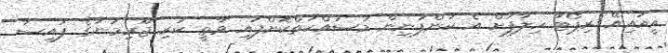
އީއައިއޭ ރިޕޯޓާ ހިލާފަށް އެ ކުންފުނިން މަސައްކަތްކޮށްފައި ވާތީ ކުރި ޖޫރިމަނާގެ ފައިސާ